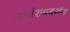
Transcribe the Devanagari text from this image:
गर्भाशयदर्शन